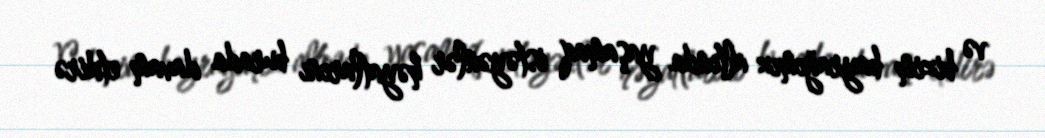
və bizim bayrağımız altında yaşamaq istəyənlər həyatlarını burada davam etdirə